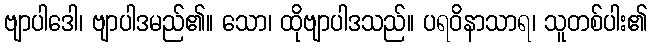
ဗျာပါဒေါ၊ ဗျာပါဒမည်၏။ သော၊ ထိုဗျာပါဒသည်။ ပရဝိနာသာရ၊ သူတစ်ပါး၏